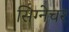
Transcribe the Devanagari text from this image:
सिग्‍नेचर